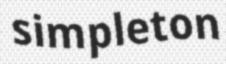
simpleton